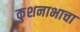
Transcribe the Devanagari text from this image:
कुशनाभाचा